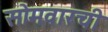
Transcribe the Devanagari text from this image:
सोमवारची